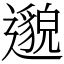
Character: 邈